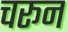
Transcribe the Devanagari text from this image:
चरून